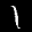
Label: 1